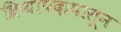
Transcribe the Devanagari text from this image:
क्रियापदापासून